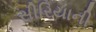
સીરિયાની